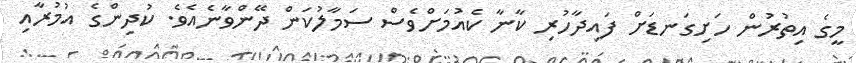
މީގެ އިތުރުން ހަށިގަނޑަށް ފައިދާހުރި ކާނާ ކެއުމަށްވެސް ސަމާލުކަން ދޭންވާނެއެވެ. ކުދިންގެ އުމުރާއި